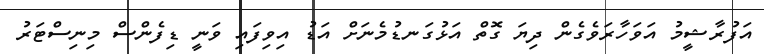
އަފުރާޝީމު އަވަހާރަވެގެން ދިޔަ ގޮތް އަޅުގަނޑުމެނަށް އަޑު އިވިފައި ވަނީ ޑިފެންސް މިނިސްޓަރު